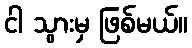
ငါ သွားမှ ဖြစ်မယ်။